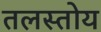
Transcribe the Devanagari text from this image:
तलस्तोय